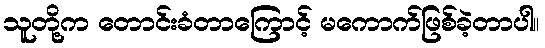
သူတို့က တောင်းခံတာကြောင့် မကောက်ဖြစ်ခဲ့တာပါ။